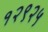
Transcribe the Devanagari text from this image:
१२९२५